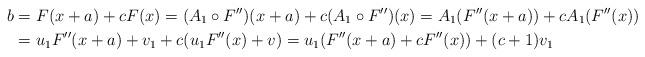
LaTeX: \begin{align*}b&=F(x+a)+cF(x)=(A_1 \circ F'')(x+a)+c(A_1\circ F'')(x)=A_1(F''(x+a))+cA_1(F''(x))\\&=u_1 F''(x+a)+v_1 +c(u_1 F''(x)+v)=u_1(F''(x+a)+cF''(x))+(c+1)v_1\end{align*}